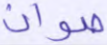
صوان